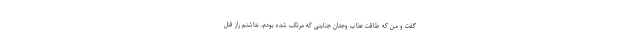
گفت و من که طاقت عذاب وجدان جنایتی که مرتکب شده بودم، نداشتم راز قتل